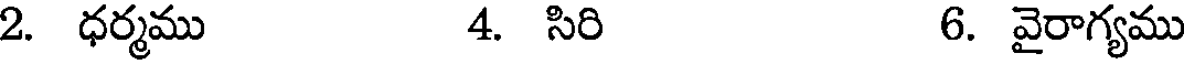
2. ధర్మము 4. సిరి 6. వైరాగ్యము